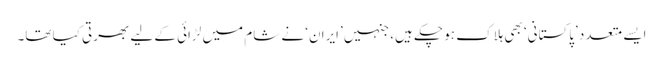
ایسے متعدد ’پاکستانی‘ بھی ہلاک ہو چکے ہیں، جنہیں ’ایران‘ نے شام میں لڑائی کے لیے بھرتی کیا تھا۔